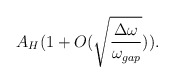
\begin{align*}A_H (1 + O( \sqrt{{\Delta \omega} \over {\omega_{gap}}})).\end{align*}